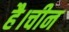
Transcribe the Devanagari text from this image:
है।चीन